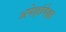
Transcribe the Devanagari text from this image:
अपेक्षांपेक्षा